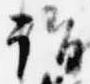
詣